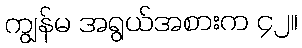
ကျွန်မ အရွယ်အစားက ၄၂။